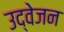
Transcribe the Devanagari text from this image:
उद्वेजन